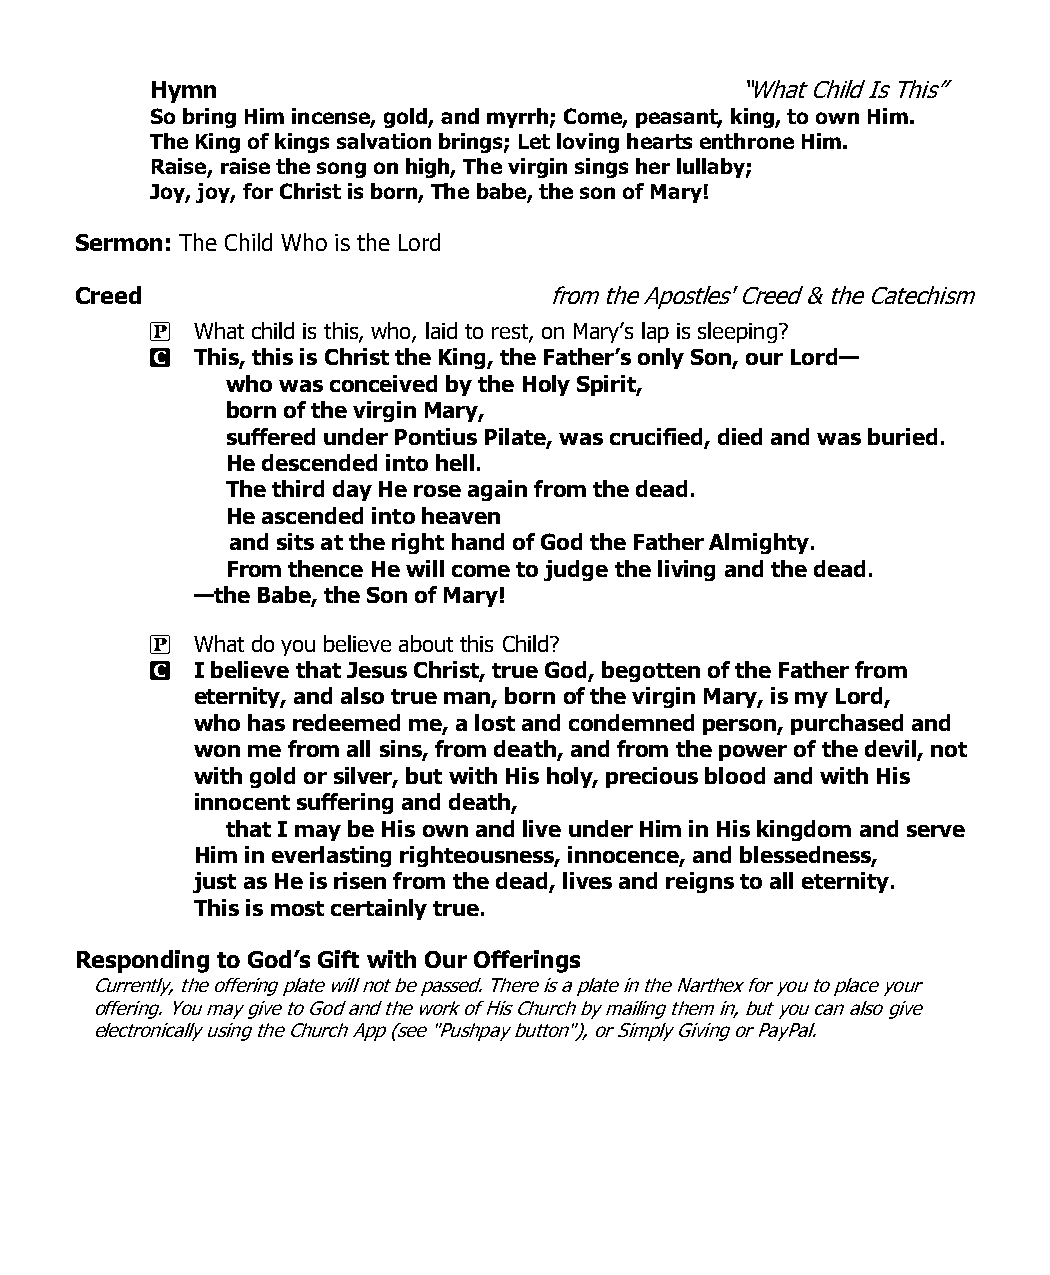
Hymn                                   “What Child Is This”
 So bring Him incense, gold, and myrrh; Come, peasant, king, to own Him.
 The King of kings salvation brings; Let loving hearts enthrone Him.
 Raise, raise the song on high, The virgin sings her lullaby;
 Joy, joy, for Christ is born, The babe, the son of Mary!
 Sermon: The Child Who is the Lord
 Creed                          from the Apostles' Creed & the Catechism
 P  What child is this, who, laid to rest, on Mary’s lap is sleeping?
 C  This, this is Christ the King, the Father’s only Son, our Lord—
 who was conceived by the Holy Spirit,
 born of the virgin Mary,
 suffered under Pontius Pilate, was crucified, died and was buried.
 He descended into hell.
 The third day He rose again from the dead.
 He ascended into heaven
 and sits at the right hand of God the Father Almighty.
 From thence He will come to judge the living and the dead.
 —the Babe, the Son of Mary!
 P  What do you believe about this Child?
 C  I believe that Jesus Christ, true God, begotten of the Father from
 eternity, and also true man, born of the virgin Mary, is my Lord,
 who has redeemed me, a lost and condemned person, purchased and
 won me from all sins, from death, and from the power of the devil, not
 with gold or silver, but with His holy, precious blood and with His
 innocent suffering and death,
 that I may be His own and live under Him in His kingdom and serve
 Him in everlasting righteousness, innocence, and blessedness,
 just as He is risen from the dead, lives and reigns to all eternity.
 This is most certainly true.
 Responding to God’s Gift with Our Offerings
 Currently, the offering plate will not be passed. There is a plate in the Narthex for you to place your
 offering. You may give to God and the work of His Church by mailing them in, but you can also give
 electronically using the Church App (see "Pushpay button"), or Simply Giving or PayPal.